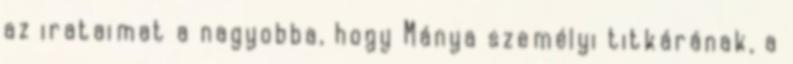
az irataimat a nagyobba, hogy Mánya személyi titkárának, a